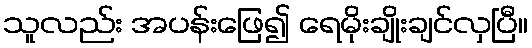
သူလည်း အပန်းဖြေ၍ ရေမိုးချိုးချင်လှပြီ။